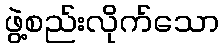
ဖွဲ့စည်းလိုက်သော